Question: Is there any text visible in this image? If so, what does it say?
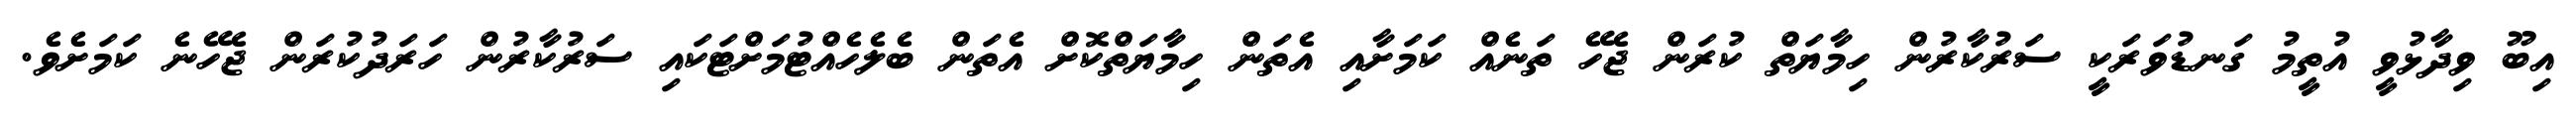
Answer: އިބޫ ވިދާޅުވީ އުތީމު ގަނޑުވަރަކީ ސަރުކާރުން ހިމާޔަތް ކުރަން ޖެހޭ ތަނެއް ކަމަށާއި އެތަން ހިމާޔަތްކޮށް އެތަން ބެލެހެއްޓުމަށްޓަކައި ސަރުކާރުން ހަރަދުކުރަން ޖެހޭނެ ކަމަށެވެ.